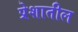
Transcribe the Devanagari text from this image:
प्रेशातील